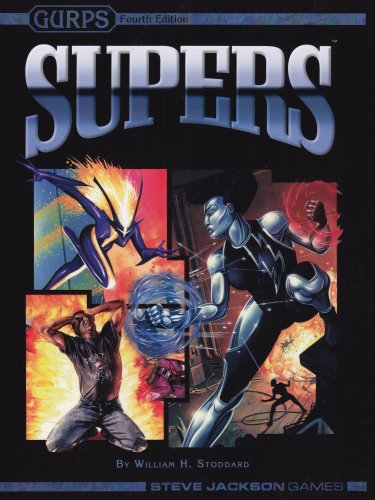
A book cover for GURPS Supers (4ed) *OP; William H. Stoddard; Science Fiction & Fantasy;